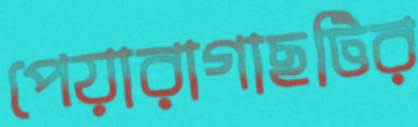
পেয়ারাগাছটির